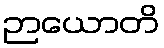
ဉာယောတိ